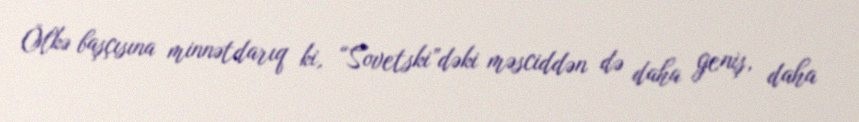
Ölkə başçısına minnətdarıq ki, “Sovetski”dəki məsciddən də daha geniş, daha